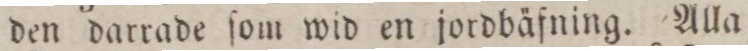
den darrade ſom wid en jordbäfning. Alla